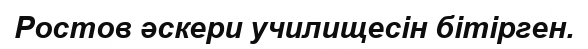
Ростов әскери училищесін бітірген.